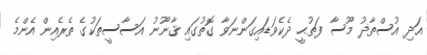
އަދި އުސްތާޛު މޫސާ ފަތުޙީ ދެކެވަޑައިގަންނަވާ ގޮތުގައި ޤާނޫނު އަސާސީތަކުގެ ތެރެއިން އެންމެ